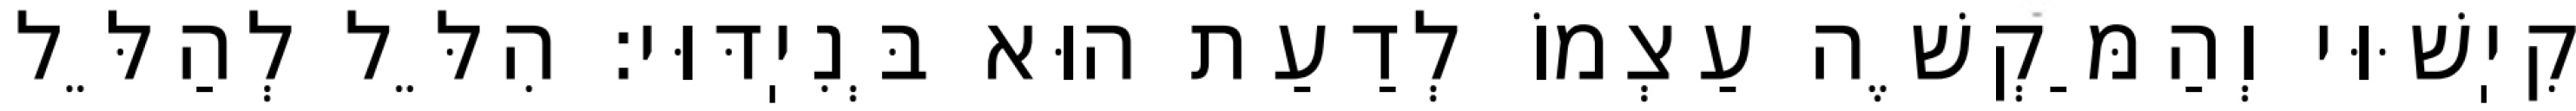
קִיֽשּׁוּי וְהַמַּקְשֶׁה עַצְמוֹ לְדַעַת הוּא בְּנִיֽדּוּי: הִלֵּל לְהַלֵּל